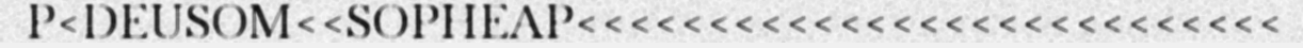
P<DEUSOM<<SOPHEAP<<<<<<<<<<<<<<<<<<<<<<<<<<<